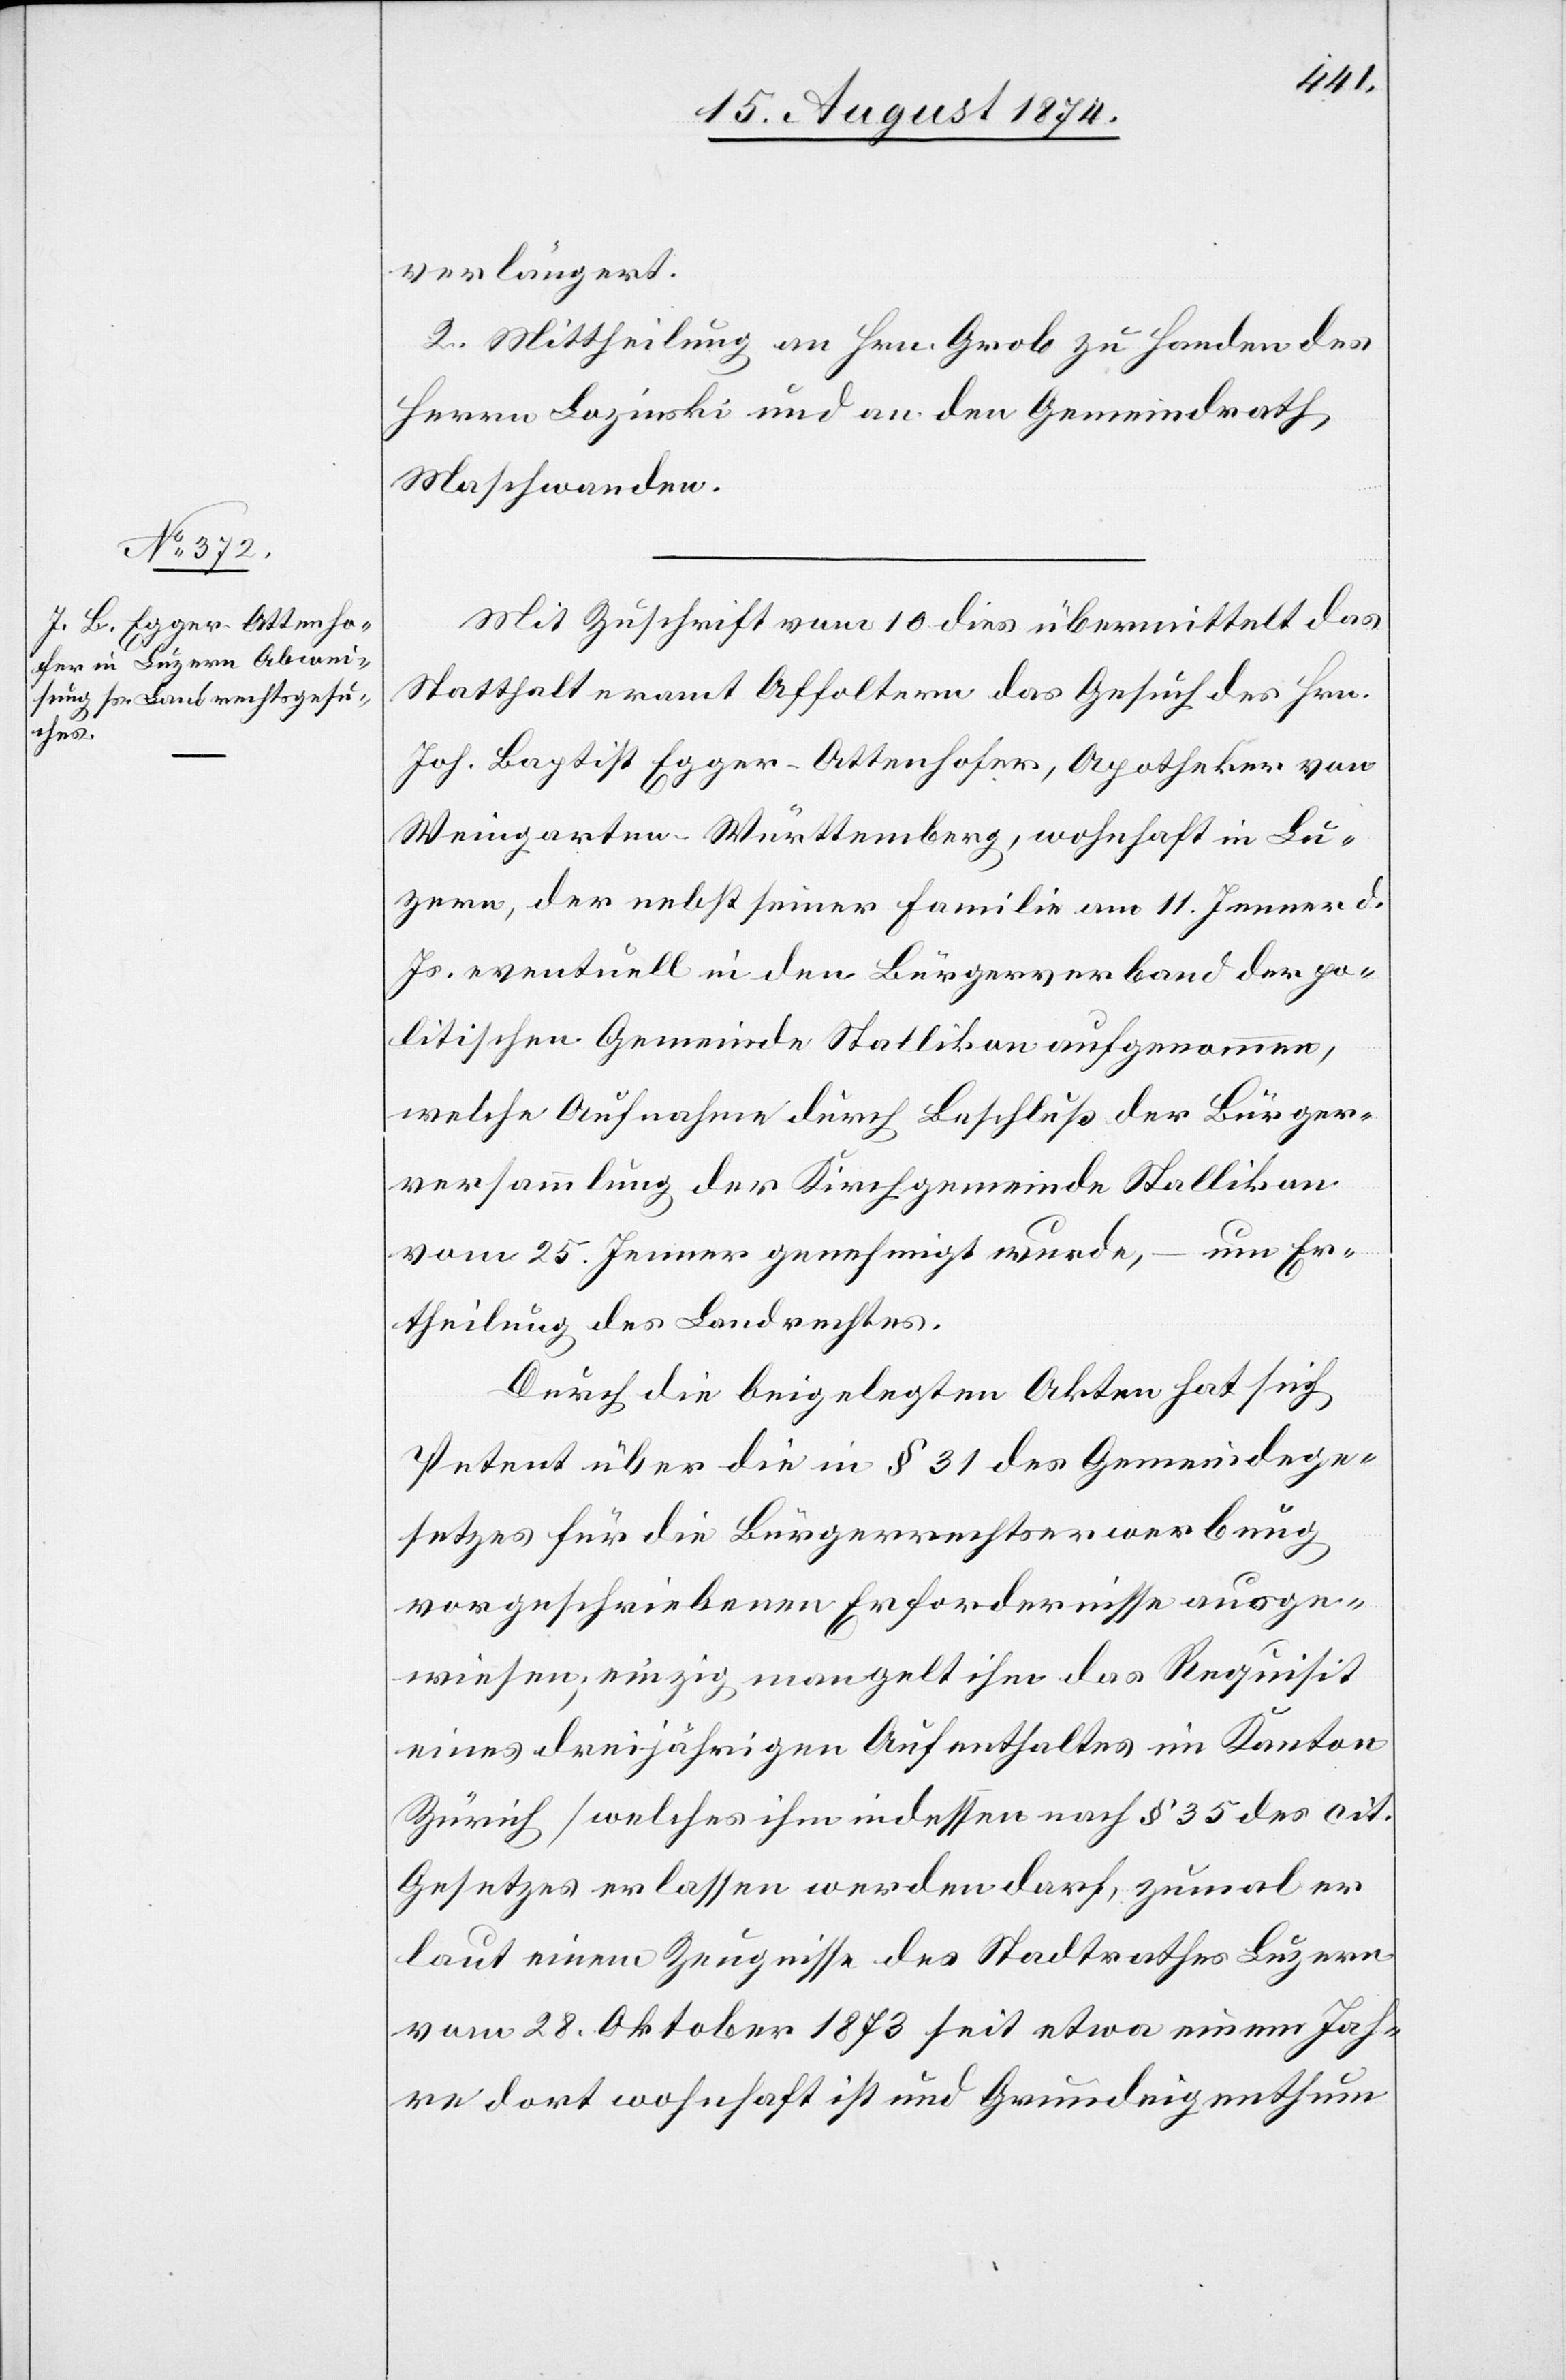
verlängert.
2. Mittheilung an Hrn. Grob zu Handen des
Herrn Lozinski und an den Gemeindrath
Maschwanden.
Mit Zuschrift vom 10. dies übermittelt das
Statthalteramt Affoltern das Gesuch des Hrn.
Joh. Baptist Egger-Ottenhofer, Apotheker von
Weingarten-Württemberg, wohnhaft in Lu¬
zern, der nebst seiner Familie am 11. Jenner d.
Js. eventuell in den Bürgerverband der po¬
litischen Gemeinde Stallikon aufgenommen,
welche Aufnahme durch Beschluß der Bürger¬
versammlung der Kirchgemeinde Stallikon
vom 25. Jenner genehmigt wurde, – um Er¬
theilung des Landrechtes.
Durch die beigelegten Akten hat sich
Petent über die in § 31 des Gemeindege¬
setzes für die Bürgerrechtserwerbung
vorgeschriebenen Erfordernisse ausge¬
wiesen; einzig mangelt ihm das Requisit
eines dreijährigen Aufenthaltes im Kanton
Zürich [welches ihm indessen nach § 35 des cit.
Gesetzes erlassen werden darf, zumal er
laut einem Zeugnisse des Stadtrathes Luzern
vom 28. Oktober 1873 seit etwa einem Jah¬
re dort wohnhaft ist und Grundeigenthum